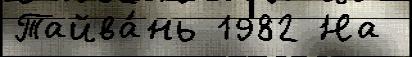
Тайва́нь 1982 На